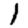
Digit: 1